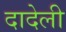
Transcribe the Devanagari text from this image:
दादेली